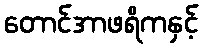
တောင်အာဖရိကနှင့်